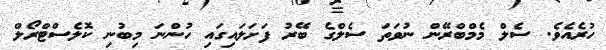
ހުރެއެވެ. ސެލް މެމްބްރޭން ނުވަތަ ސެލްގެ ބޭރު ފަށަލައިގައި ހުންނަ މިބުނި ކޮލެސްޓްރޯލް